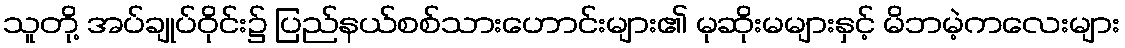
သူတို့ အပ်ချုပ်ဝိုင်း၌ ပြည်နယ်စစ်သားဟောင်းများ၏ မုဆိုးမများနှင့် မိဘမဲ့ကလေးများ